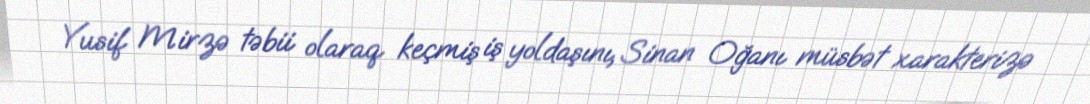
Yusif Mirzə təbii olaraq keçmiş iş yoldaşını, Sinan Oğanı müsbət xarakterizə